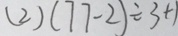
( 2 ) ( 7 7 - 2 ) \div 3 + 1